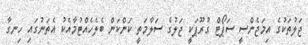
ޖަލުތަކުގެ އިމަޖެންސީ ސަޕޯޓް ގުރޫޕަކީ ޖަލުގެ ސަލާމަތީ ކަންކަން ބެލެހެއްޓުމާއެކު އެތަނުގައި ހިނގާ